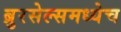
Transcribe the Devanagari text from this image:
ब्रुरसेल्समध्येच